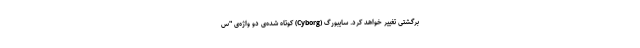
برگشتی تغییر خواهد کرد. سایبورگ (Cyborg) کوتاه شده‌ی دو واژه‌ی "س